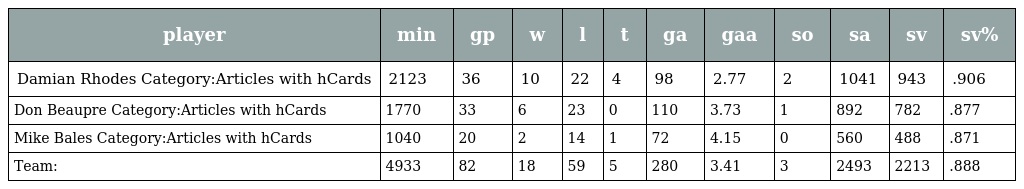
| player | min | gp | w | l | t | ga | gaa | so | sa | sv | sv% |
 | --- | --- | --- | --- | --- | --- | --- | --- | --- | --- | --- | --- |
 | Damian Rhodes Category:Articles with hCards | 2123 | 36 | 10 | 22 | 4 | 98 | 2.77 | 2 | 1041 | 943 | .906 |
 | Don Beaupre Category:Articles with hCards | 1770 | 33 | 6 | 23 | 0 | 110 | 3.73 | 1 | 892 | 782 | .877 |
 | Mike Bales Category:Articles with hCards | 1040 | 20 | 2 | 14 | 1 | 72 | 4.15 | 0 | 560 | 488 | .871 |
 | Team: | 4933 | 82 | 18 | 59 | 5 | 280 | 3.41 | 3 | 2493 | 2213 | .888 |